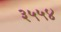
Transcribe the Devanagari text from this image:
३५५४